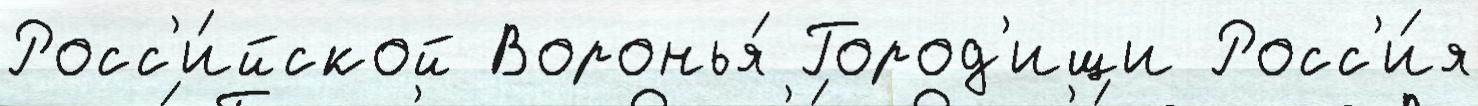
Росс'и́йской Воронья́ Город'ищи Росс'и́я